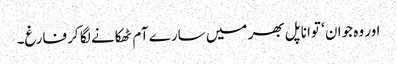
اور وہ جوان ‘ توانا پل بھر میں سارے آم ٹھکانے لگا کر فارغ۔